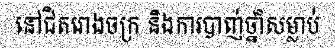
នៅជិតរោងចក្រ និងការបាញ់ថ្នាំសម្លាប់